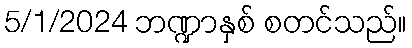
5/1/2024 ဘဏ္ဍာနှစ် စတင်သည်။